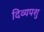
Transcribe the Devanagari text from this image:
दिव्यपशु